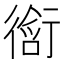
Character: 𬡀